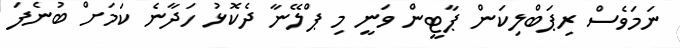
ނަމަވެސް ރިޕަބްލިކަން ޕާޓީން ވަނީ މި ޕްލޭނާ ދެކޮޅު ހަދާނެ ކަމަށް ބުނެފަ